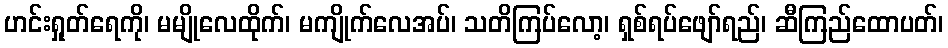
ဟင်းရှုတ်ရေကို၊ မမျိုလေထိုက်၊ မကျိုက်လေအပ်၊ သတိကြပ်လော့၊ ရှစ်ရပ်ဖျော်ရည်၊ ဆီကြည်ထောပတ်၊